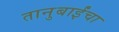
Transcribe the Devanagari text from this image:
तानुबाईंचा